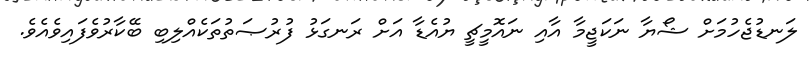
ލަނޑުޖެހުމަށް ޝޯޔާ ނަކަޖީމާ އާއި ނައޮމީޗީ ޔުއެޑާ އަށް ރަނގަޅު ފުރުޞަތުތަކެއްލިބި ބޭކާރުވެފައިވެއެވެ.